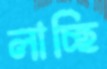
লাচ্ছি